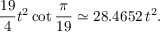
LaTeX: { \frac { 1 9 } { 4 } } t ^ { 2 } \cot { \frac { \pi } { 1 9 } } \simeq 2 8 . 4 6 5 2 \, t ^ { 2 } .